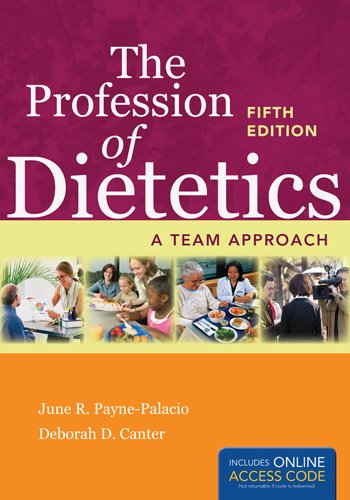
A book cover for The Profession of Dietetics: A Team Approach; June R. Payne-Palacio; Medical Books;